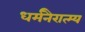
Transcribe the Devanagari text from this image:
धर्मनैरात्म्य